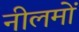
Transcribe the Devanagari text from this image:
नीलमों